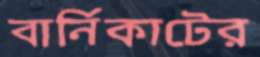
বার্নিকাটের